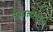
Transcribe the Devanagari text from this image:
सेफालोपॉडा